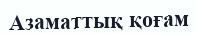
Азаматтық қоғам